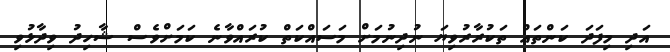
އަދި މިފަދަ ކަންތައް ތަކުރާރުވިޔަ ނުދިނުމަށް މަސައްކަތް ކުރައްވާނެ ކަމަށްވެސް ޝާހިދު ވިދާޅުވި